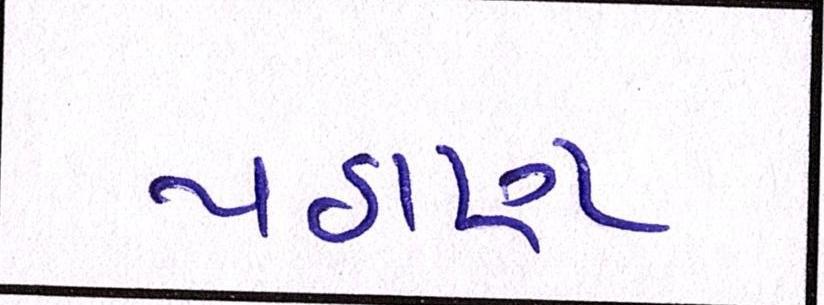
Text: પઠાણ